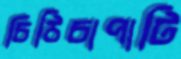
চিঠিচাপাটি